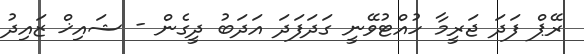
ރޭޕް ފަދަ ޖަރީމާ ހުއްޓުވޭނީ ގަދަފަދަ އަދަބު ދީގެން - ޝައިޚް ޒައިދު